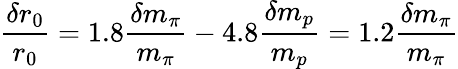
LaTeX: \frac{\delta r_{0}}{r_{0}}=1.8\frac{\delta m_{\pi}}{m_{\pi}}-4.8\frac{\delta m_{p}}{m_{p}}=1.2\frac{\delta m_{\pi}}{m_{\pi}}